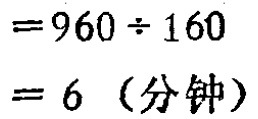
\[

\begin{align*}

&=960\div160\\

&= 6 \text{（分钟）}

\end{align*}

\]